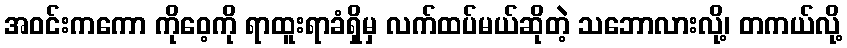
အဝင်းကကော ကိုဝေ့ကို ရာထူးရာခံရှိမှ လက်ထပ်မယ်ဆိုတဲ့ သဘောလားလို့၊ တကယ်လို့